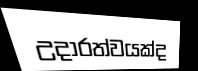
උදාරත්වයක්ද